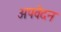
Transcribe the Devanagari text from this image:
अपवेदन